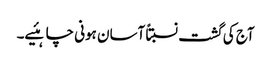
آج کی گشت نسبتاً آسان ہونی چاہئیے۔